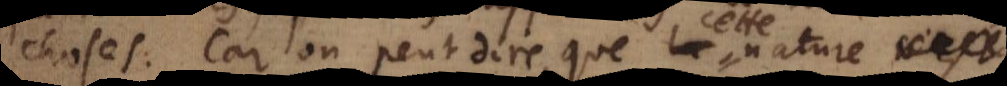
choses. Car on peut dire, que la nature